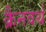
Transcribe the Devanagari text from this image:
क्रैनवर्थ